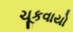
ચૂકવાયો